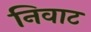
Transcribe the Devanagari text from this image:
निवाट